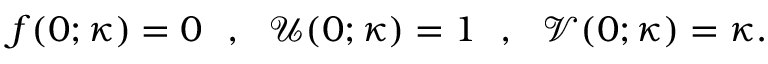
f ( 0 ; \kappa ) = 0 ~ ~ , ~ ~ \mathcal { U } ( 0 ; \kappa ) = 1 ~ ~ , ~ ~ \mathcal { V } ( 0 ; \kappa ) = \kappa .